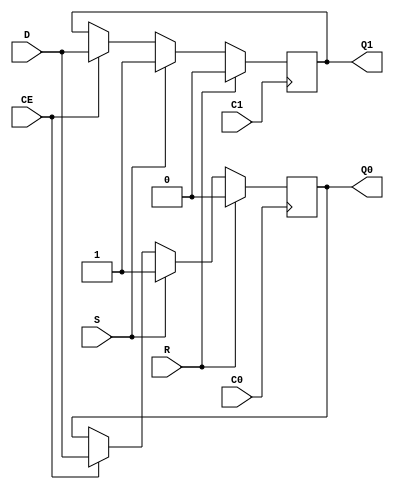
/***************************************************************************
 *                                                                         *
 *   IFDDRRSE.v - A dual edge triggered input flip-flop which emulates the *
 *     Xilinx primitive of the same name. Data is received on both         *
 *     positive and negative clock edges.                                  *
 *                                                                         *
 *   Copyright (C) 2007 by Patrick Suggate                                 *
 *   patrick@physics.otago.ac.nz                                           *
 *                                                                         *
 *   This program is free software; you can redistribute it and/or modify  *
 *   it under the terms of the GNU General Public License as published by  *
 *   the Free Software Foundation; either version 2 of the License, or     *
 *   (at your option) any later version.                                   *
 *                                                                         *
 *   This program is distributed in the hope that it will be useful,       *
 *   but WITHOUT ANY WARRANTY; without even the implied warranty of        *
 *   MERCHANTABILITY or FITNESS FOR A PARTICULAR PURPOSE.  See the         *
 *   GNU General Public License for more details.                          *
 *                                                                         *
 *   You should have received a copy of the GNU General Public License     *
 *   along with this program; if not, write to the                         *
 *   Free Software Foundation, Inc.,                                       *
 *   59 Temple Place - Suite 330, Boston, MA  02111-1307, USA.             *
 ***************************************************************************/

// TODO: Implement parameterizable delays.
`timescale 1ns/100ps
module IFDDRRSE (
	C0,
	C1,
	CE,
	D,
	R,
	S,
	Q0,
	Q1
);

parameter	INIT	= 2'b00;
parameter	DELAY	= 2.0;

input	C0;	// Clock 0
input	C1;
input	CE;	// Clock enable

input	D;	// Data valid on both edges

input	R;	// Reset
input	S;

output	Q0;	// Posedge data
output	Q1;

reg	Q0	= INIT [0];
reg	Q1	= INIT [1];

always @(posedge C0)
	if (R)		Q0	<= #DELAY 0;
	else if (S)	Q0	<= #DELAY 1;
	else if (CE)	Q0	<= #DELAY D;

always @(posedge C1)
	if (R)		Q1	<= #DELAY 0;
	else if (S)	Q1	<= #DELAY 1;
	else if (CE)	Q1	<= #DELAY D;

endmodule	// OFDDRRSE